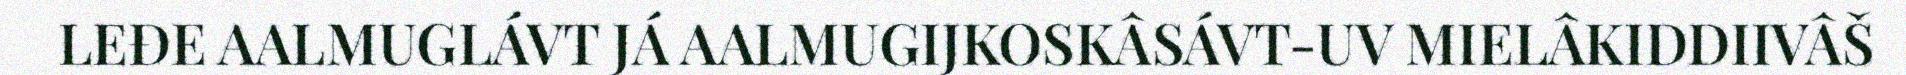
LEĐE AALMUGLÁVT JÁ AALMUGIJKOSKÂSÁVT-UV MIELÂKIDDIIVÂŠ